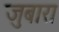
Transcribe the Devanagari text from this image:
जुबारा